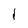
Character: l